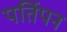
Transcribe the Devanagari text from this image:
पर्तिपन